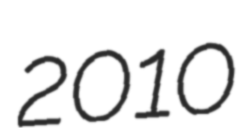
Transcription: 2010